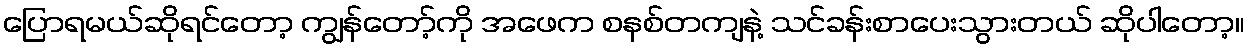
ပြောရမယ်ဆိုရင်တော့ ကျွန်တော့်ကို အဖေက စနစ်တကျနဲ့ သင်ခန်းစာပေးသွားတယ် ဆိုပါတော့။